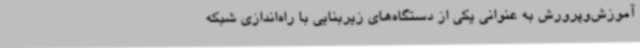
آموزش‌وپرورش به عنوانی یکی از دستگاه‌های زیربنایی با راه‌اندازی شبکه